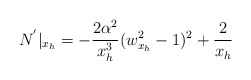
\begin{align*}N^{'}|_{x_h}=-\frac{2\alpha^2}{x_h^3}(w_{x_h}^2-1)^2+\frac{2}{x_h}\end{align*}